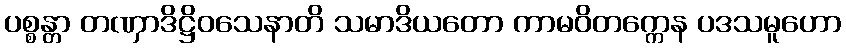
ပစ္စန္တာ တဏှာဒိဋ္ဌိဝသေနာတိ သမာဒိယတော ကာမဝိတက္ကေန ပဒသမူဟော